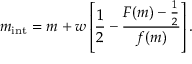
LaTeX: m _ { \mathrm { i n t } } = m + w \left[ { \frac { 1 } { 2 } } - { \frac { F ( m ) - { \frac { 1 } { 2 } } } { f ( m ) } } \right] .